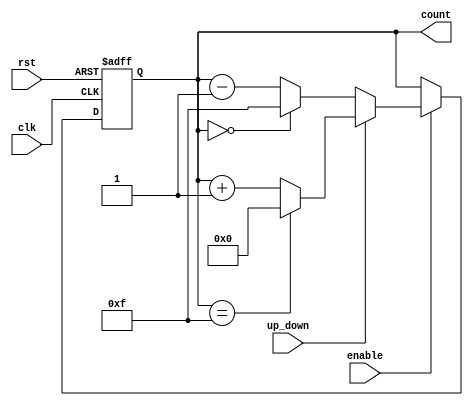
module up_down_counter (
    input wire clk,          // Clock signal
    input wire rst,          // Asynchronous reset
    input wire up_down,      // Up/Down control signal
    input wire enable,       // Enable signal
    output reg [3:0] count   // 4-bit count output
);

    // Maximum count value for a 4-bit counter
    localparam MAX_COUNT = 4'b1111; // 15 in decimal

    // Asynchronous reset and counting logic
    always @(posedge clk or posedge rst) begin
        if (rst) begin
            count <= 4'b0000; // Reset count to 0
        end else if (enable) begin
            if (up_down) begin
                // Count up
                if (count == MAX_COUNT) begin
                    count <= 4'b0000; // Wrap around to 0 on overflow
                end else begin
                    count <= count + 1; // Increment count
                end
            end else begin
                // Count down
                if (count == 4'b0000) begin
                    count <= MAX_COUNT; // Wrap around to MAX_COUNT on underflow
                end else begin
                    count <= count - 1; // Decrement count
                end
            end
        end
        // If enable is low, hold the current count value
    end

endmodule